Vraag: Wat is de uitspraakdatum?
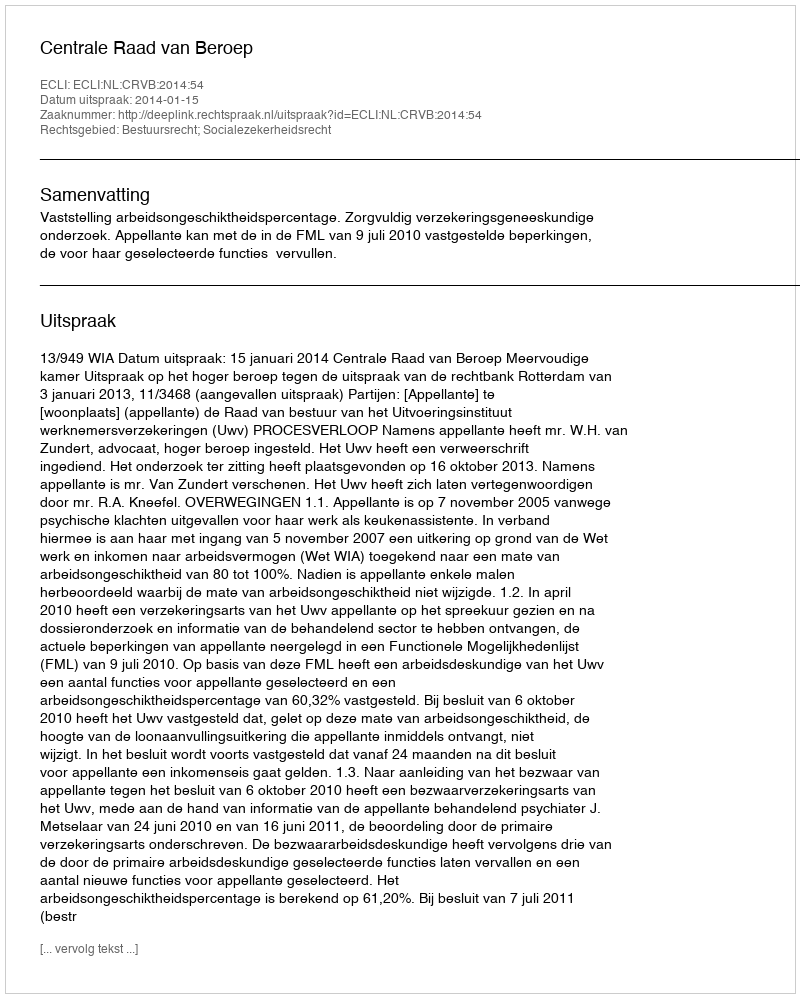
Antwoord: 2014-01-15